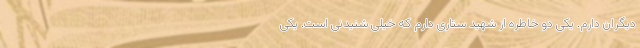
دیگران دارم. یکی دو خاطره از شهید ستاری دارم که خیلی شنیدنی است. یکی